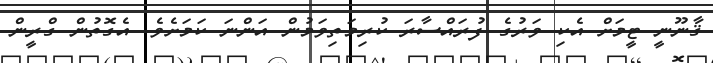
ޤާނޫނީ ޓީމަށް އެކި ވަރުގެ ފުރައްސާރަ ކުރިމަތިވަމުން އަންނަ ކަމަށެވެ. އެގޮތުން ގްރީން